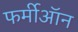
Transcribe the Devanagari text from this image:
फर्मीऑन